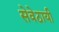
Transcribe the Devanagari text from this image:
सेवेठायी